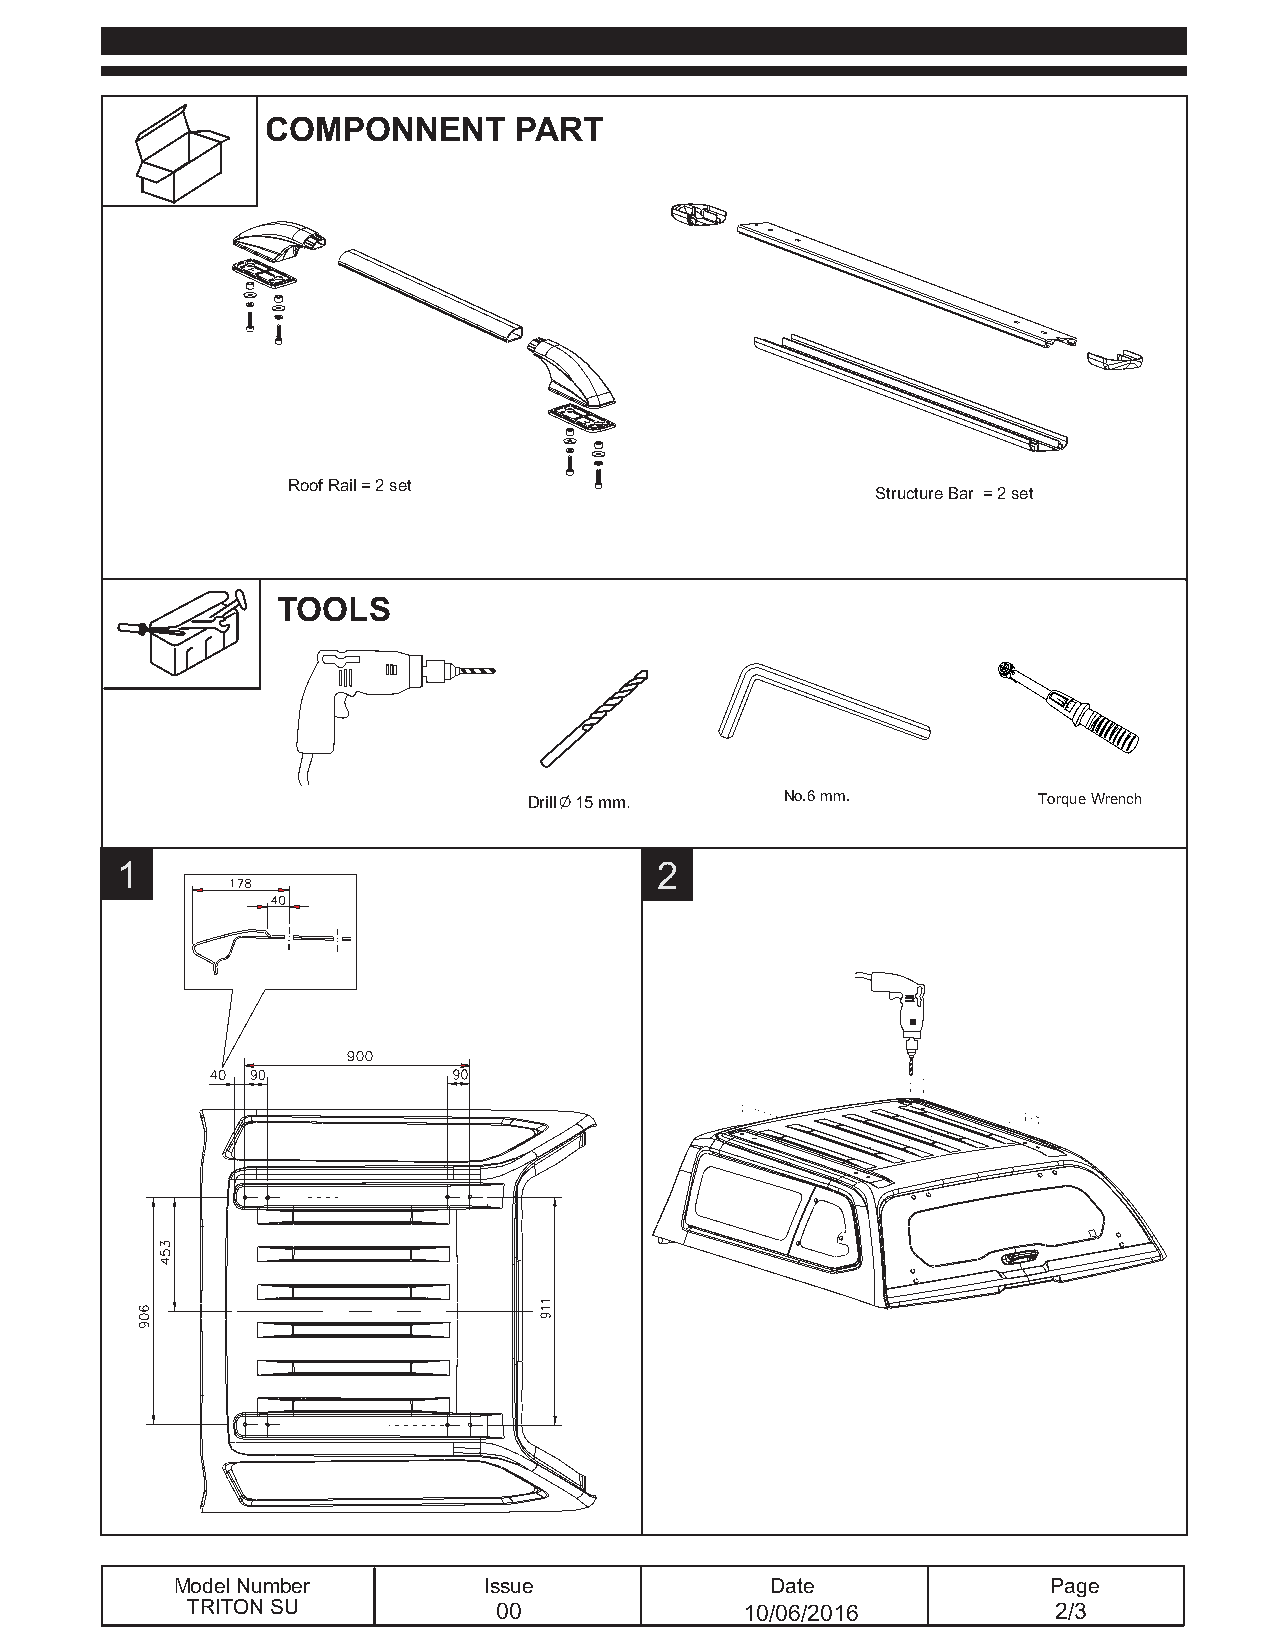
COMPONNENT      PART
 RoofRail=2set
 StructureBar =2set
 TOOLS
 No.6mm.          TorqueWrench
 Drill 15mm.
 1                                  2
 ModelNumber         Issue              Date               Page
 TRITONSU             00              10/06/2016           2/3